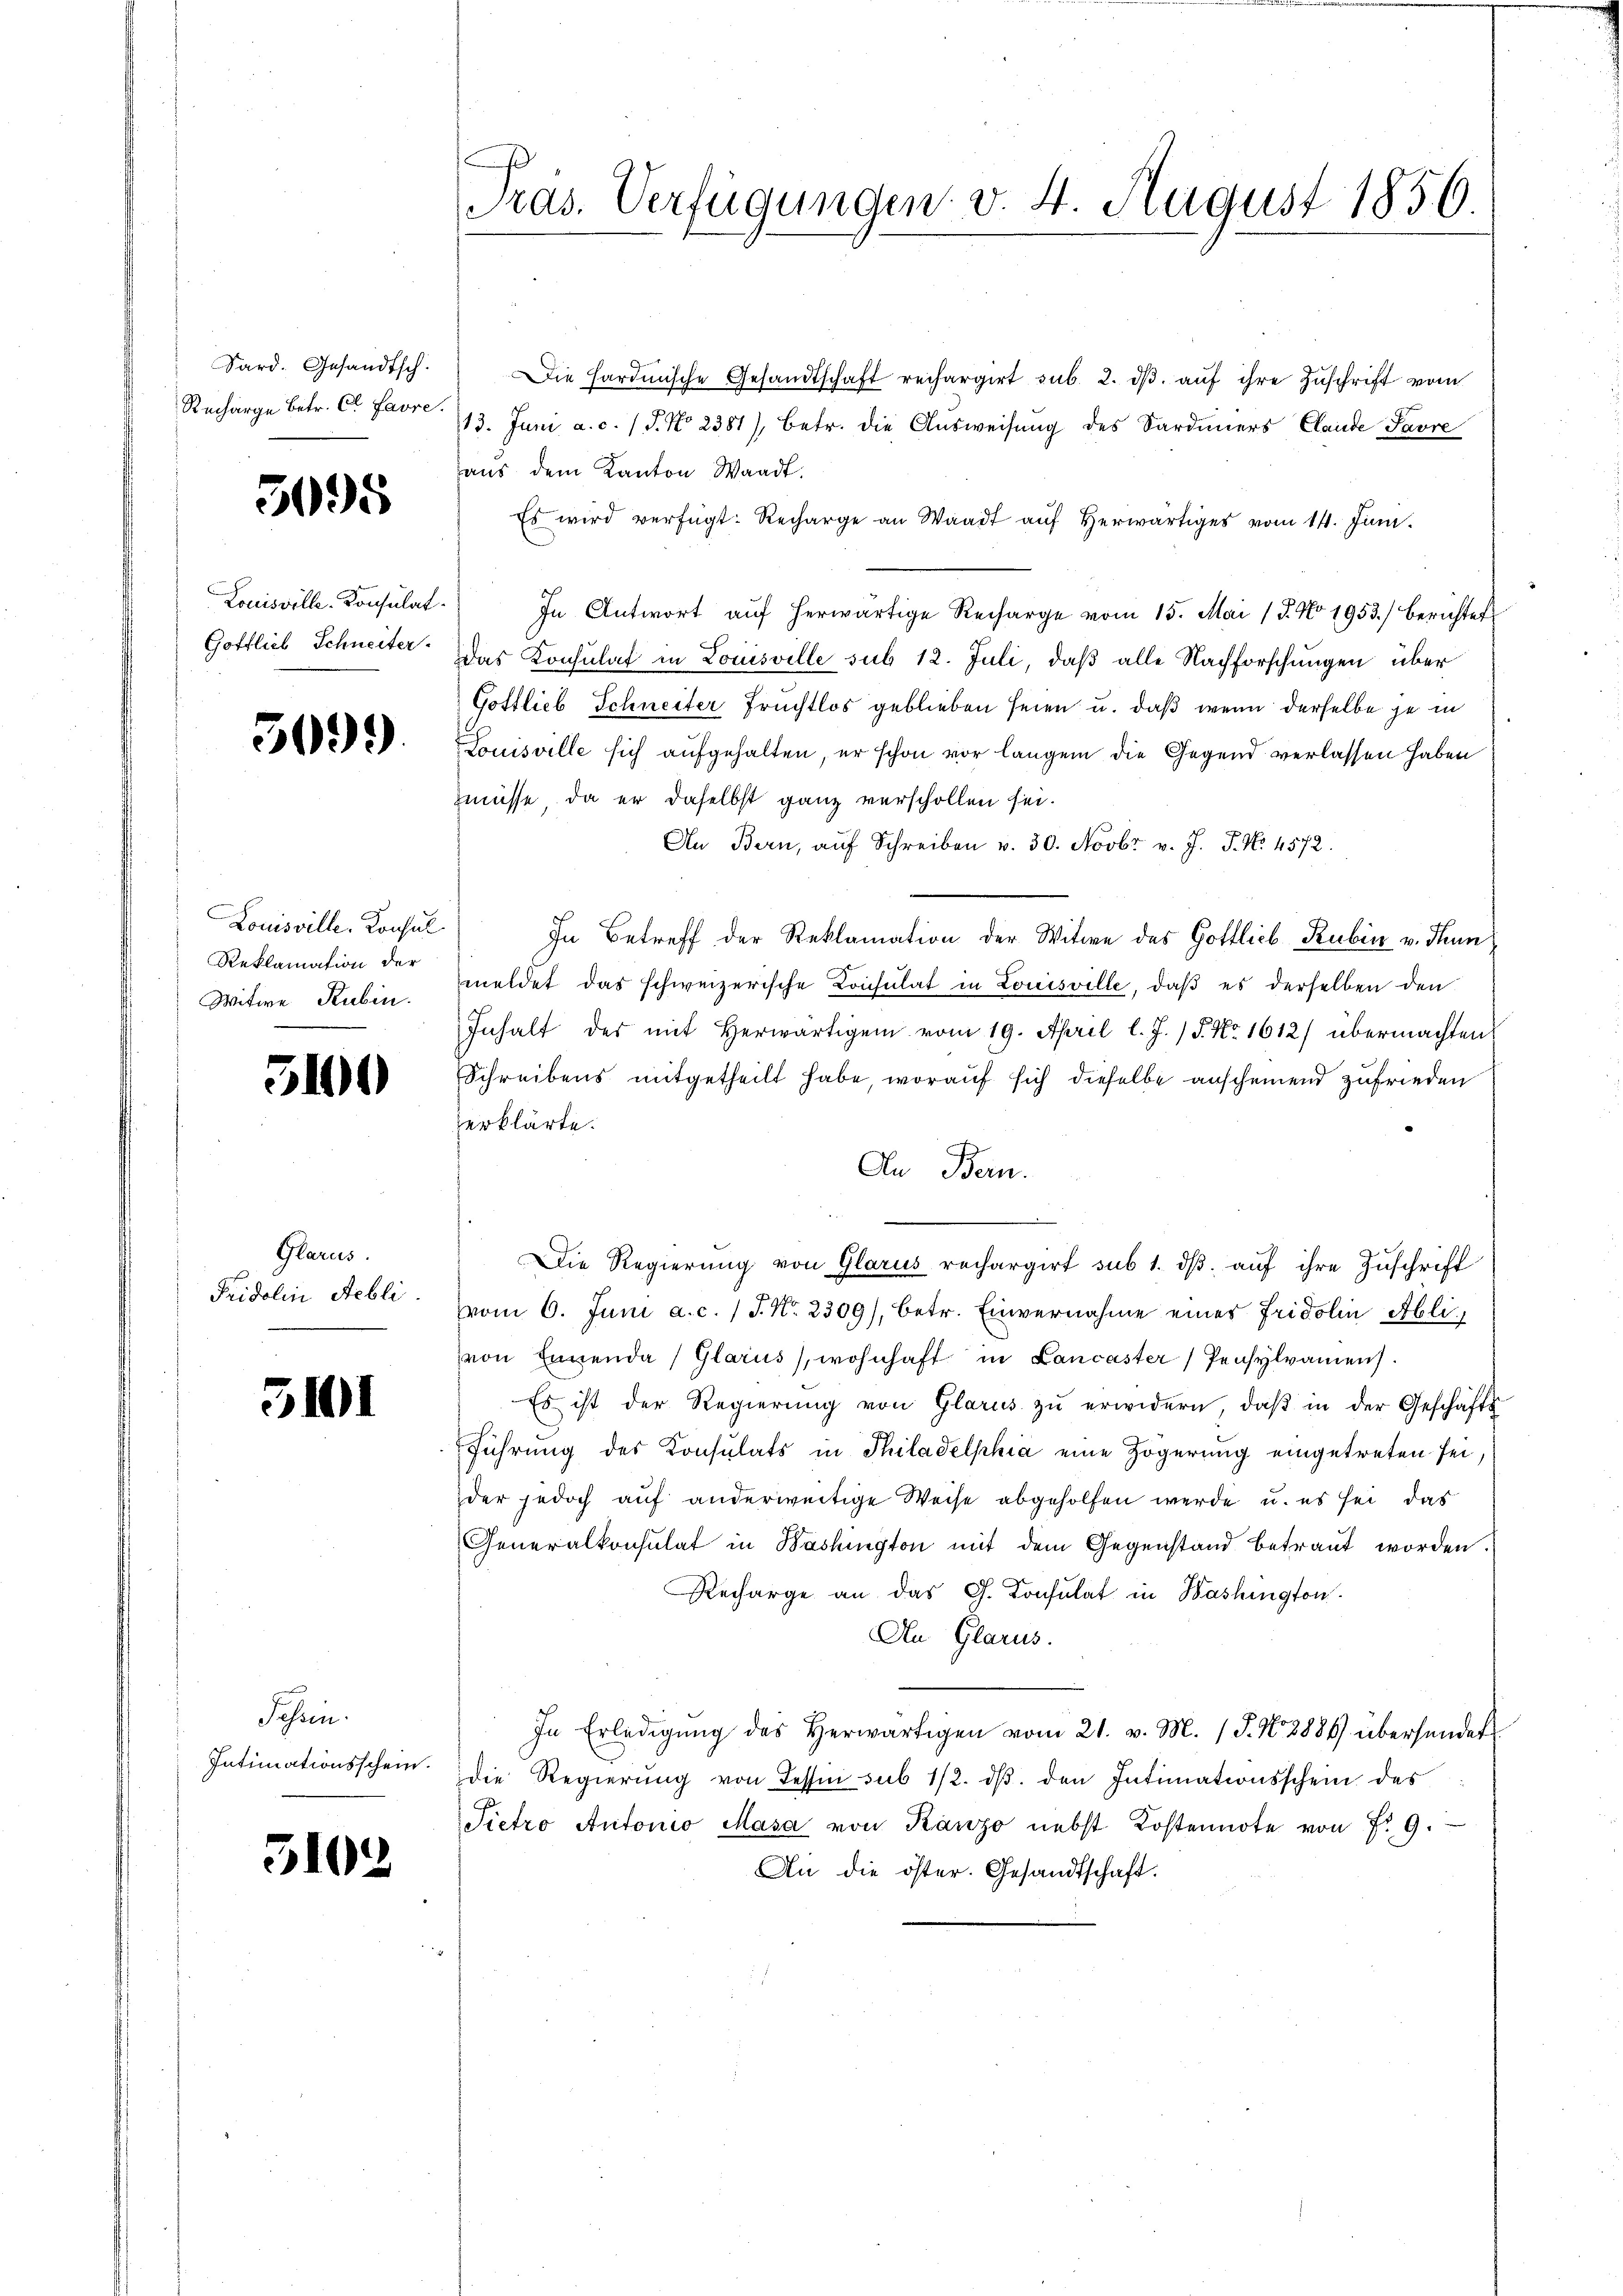
Sard. Gesandtsch.
Recharge betr. Cl. Favre

5095

Louisville-Konsulat
Gottlieb Schneiter

509)

Louisville. Konsul
Reklamation der
Witwe Rubin.

5100

Glarus.
Fridolin Nebli

3101

Jahren.
Intimationsschein.

3102

Pras. Verfügungen v. 4. August 1856

Die Hardinische Gesandtschaft reifargirt sub. 2. dβ aŭf ihre Zuschrift vom
13. Juni a. c. (T. No 2381), betr. die Ausweisung des Sardiners Claude Pavre
aus dem Kanton Waadt.
Es wird verfügt: Recharge an Waadt auf herwärtiges vom 14. Juni.
In Antwort aŭf herwärtige Recharge vom 15. Mai 17. No 1953.) Berichtet
Das Konsulat in Louisville sub 12. Juli, daß alle Nachforschungen über
Gottlieb Schneiter Fruchtlos geblieben seien u. daß wenn derselbe ja in
Louisville sich aufgehalten, er schon vor langem die Gegend verlassen haben
müsse, da er daselbst ganz verschollen sei.
An Bern, aŭf Schreiben v. 30. Novbr. v. J. J. No. 4572.
In Betreff der Reklamation der Witwe des Gottlich Rubin v. Thun
meldet das schweizerische Consulat in Louisville, daß es derselben den
Inhalt der mit herwärtigen vom 19. April l. J. / 5. No. 1612) übermachten
Schreibens mitgetheilt habe, worauf sich dieselbe anscheinend zufrieden
erklärte.
An Bern.
.
Die Regierŭng von Glarus rechargirt sub 1. dβ aŭf ihre Zŭschrift
vom 6. Juni a. c. / J. No. 2309), betr. Einvernahme eines Fridolin Abli
von Innenda (Glarus, wohnhaft in Lancaster Pensylvamens.
Es ist der Regierŭng von Glarus zŭ erwidern, daβ in der Geschäfts
Führung des Konsulats in Philadelphia eine Zögerung eingetreten sei.
der jedoch auf anderweitige Weise abgeholfen werde u. es sei, das
Generalkonsulat in Bashington mit dem Gegenstand betraut worden.
Recharge an das Ch. Konsulat in Washington
An. Glarus.
In Erledigŭng des herwärtigen vom 21. v. M. (T. N. 2884 übersendet
die Regierung von Tessin sub 1/2. ds. den Intimationsschein des
Pietro Antonio Masa von Kanzo nebst Kostennote von No 9.
An die öster. Gesandtschaft.